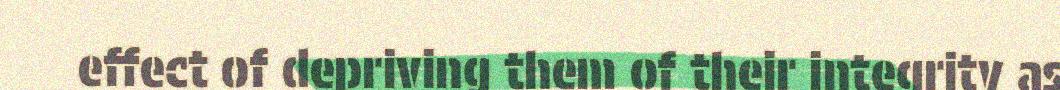
effect of depriving them of their integrity as